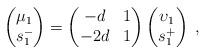
LaTeX: \begin{align*} \begin{pmatrix} \mu_1 \\ s^-_1 \end{pmatrix} = \begin{pmatrix} -d & 1 \\ -2d & 1 \end{pmatrix} \begin{pmatrix} \upsilon_1 \\ s^+_1 \end{pmatrix} \;,\end{align*}